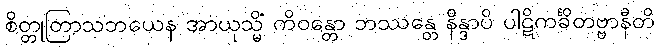
စိတ္တုတြာသဘယေန အာယုသ္မိံ ကိဝန္တော ဘဿန္တေ နိန္ဒာပိ ပါဋိကင်္ခိတဗ္ဗာနီတိ